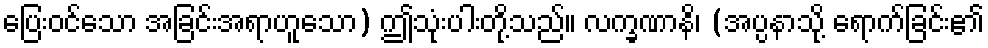
ပြေးဝင်သော အခြင်းအရာဟူသော) ဤသုံးပါးတို့သည်။ လက္ခဏာနိ၊ (အပ္ပနာသို့ ရောက်ခြင်း၏